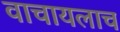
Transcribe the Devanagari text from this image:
वाचायलाच